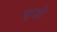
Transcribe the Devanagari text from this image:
चुगाते